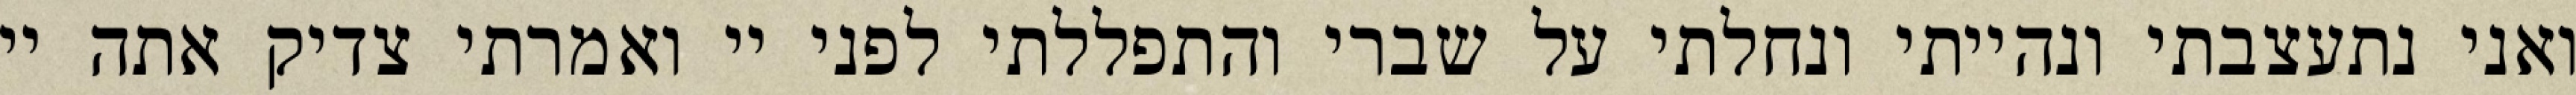
ואני נתעצבתי ונהייתי ונחלתי על שברי והתפללתי לפני יי ואמרתי צדיק אתה יי